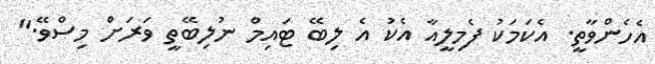
އެހެންވާތީ. އެކަމަކު ފެމިލީއާ އެކު އެ ލިބޭ ޓައިމް ނުލިބޭތީ ވަރަށް މިސްވޭ."